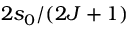
2 s _ { 0 } / ( 2 J + 1 )